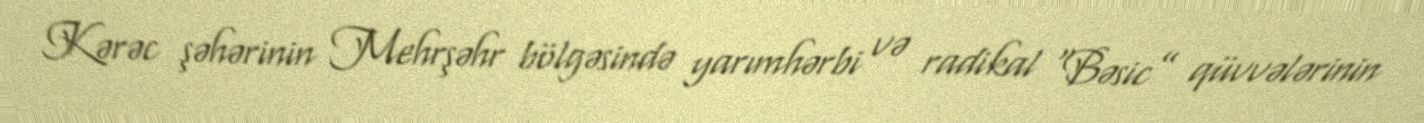
Kərəc şəhərinin Mehrşəhr bölgəsində yarımhərbi və radikal “Bəsic” qüvvələrinin